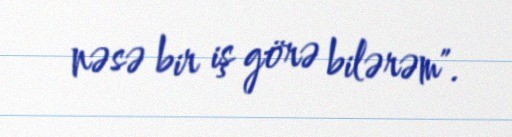
nəsə bir iş görə bilərəm".